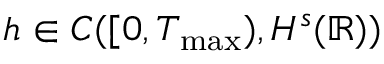
h \in C ( [ 0 , T _ { \operatorname* { m a x } } ) , H ^ { s } ( \mathbb R ) )